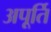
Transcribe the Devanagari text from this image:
अपूर्ति